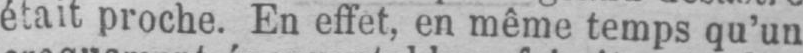
était proche. En effet, en même temps qu’un